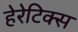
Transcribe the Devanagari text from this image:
हेरेटिक्स